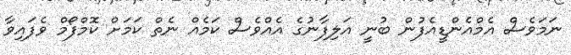
ނަމަވެސް އެމްއެންޑީއެފުން ބުނީ އަލިފާނުގެ އެއްވެސް ކަމެއް ނެތް ކަމަށް ކޮމްފޯމް ވެފައިވާ